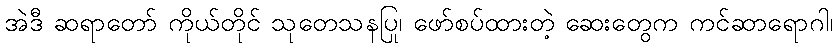
အဲဒီ ဆရာတော် ကိုယ်တိုင် သုတေသနပြု၊ ဖော်စပ်ထားတဲ့ ဆေးတွေက ကင်ဆာရောဂါ၊